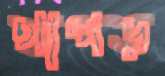
থাপড়